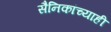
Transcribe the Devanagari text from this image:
सैनिकांच्याही